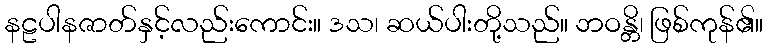
နဠပါနဇာတ်နှင့်လည်းကောင်း။ ဒသ၊ ဆယ်ပါးတို့သည်။ ဘဝန္တိ၊ ဖြစ်ကုန်၏။